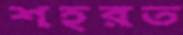
শহরত